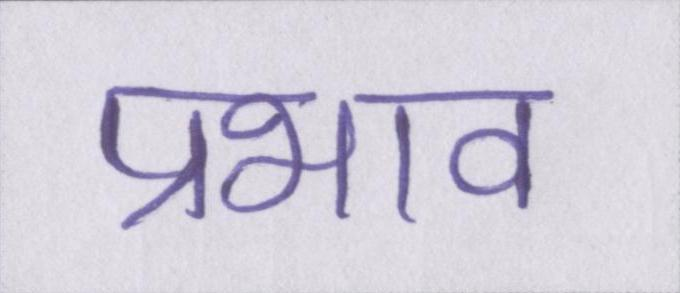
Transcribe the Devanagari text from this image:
प्रभाव